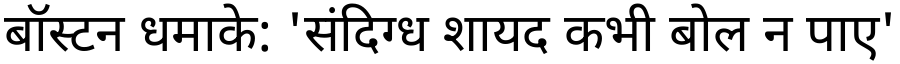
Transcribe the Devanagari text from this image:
बॉस्टन धमाके: 'संदिग्ध शायद कभी बोल न पाए'